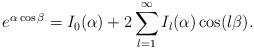
LaTeX: \begin{align*}e^{\alpha\cos\beta}=I_0(\alpha)+2\sum_{l=1}^{\infty}I_l(\alpha)\cos(l\beta).\end{align*}